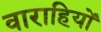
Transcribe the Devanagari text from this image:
वाराहियों